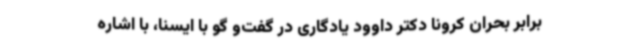
برابر بحران کرونا دکتر داوود یادگاری در گفت‌و گو با ایسنا، با اشاره